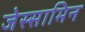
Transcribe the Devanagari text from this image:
जेस्सामिन